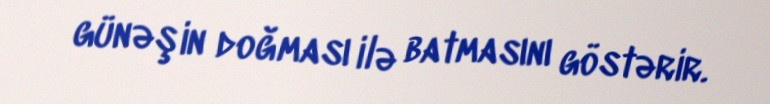
günəşin doğması ilə batmasını göstərir.